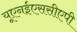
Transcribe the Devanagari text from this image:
यूएनईएससीएपी